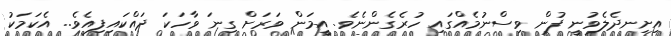
އިށިނދެލެވުނީ ފުން ވިސްނުމެއްގައި ހުރެގެންނެވެ. އީމަން ވަރަށް ގިނަ ވާހަކަ ދައްކައިފިއެވެ.. އެކަމަކު